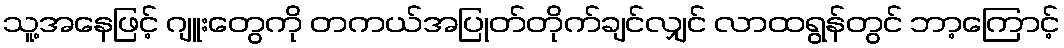
သူ့အနေဖြင့် ဂျူးတွေကို တကယ်အပြုတ်တိုက်ချင်လျှင် လာထရွန်တွင် ဘာ့ကြောင့်